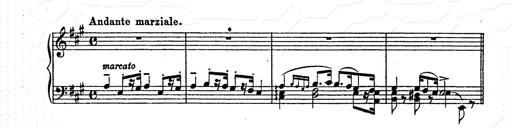
Title: AnnÃ©es de pÃ¨lerinage II
Composer: Franz Liszt